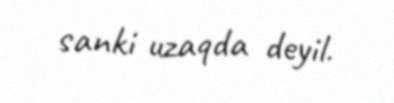
sanki uzaqda deyil.